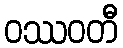
ဝဿဝတီ